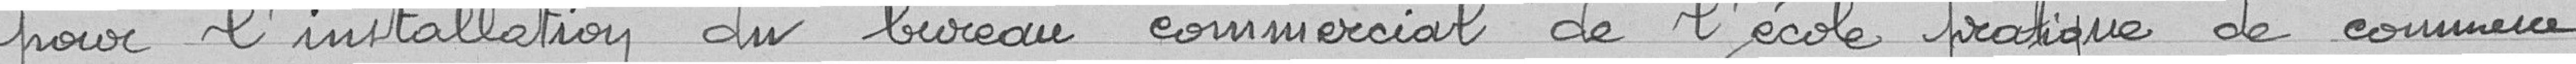
pour l'installation du bureau commercial de l'école pratique de commerce